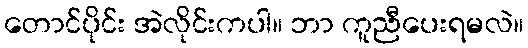
တောင်ပိုင်း အဲလိုင်းကပါ။ ဘာ ကူညီပေးရမလဲ။